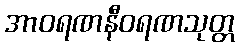
အာဝရဏနီဝရဏသုတ္တ